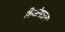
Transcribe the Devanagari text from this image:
शिआंगतान